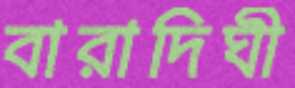
বারাদিঘী